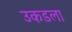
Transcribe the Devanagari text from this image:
उकडला